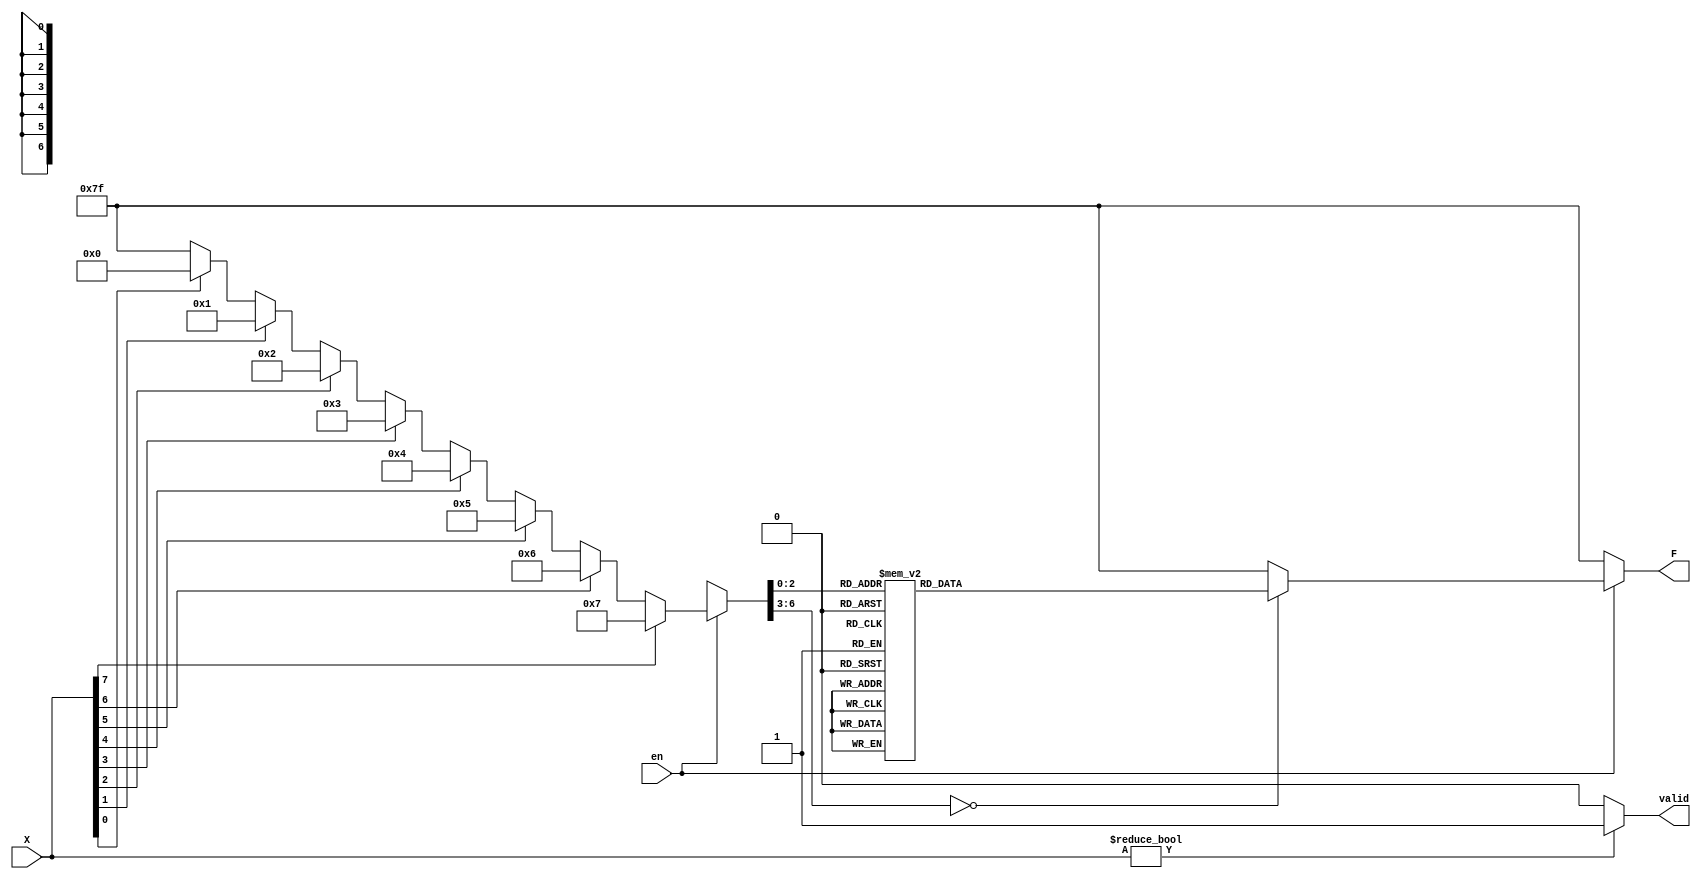
module experiment2(
	input  [7:0] X,
	input  en,
	output reg valid,
	output reg[6:0] F
	);
integer i;
    always @ (X or en)
    begin
        if(X) valid =1;
        else valid =0;
        if(en)
		  begin
				F=7'b1111111;
				for(i =0; i < 8;i=i+1)
					if(X[i]==1) F=i;
            case(F)
					 0:  F =7'b1000000;
					 1 : F =7'b1111001;
                2 : F =7'b0100100;
                3 : F =7'b0110000;
                4 : F =7'b0011001;
                5 : F =7'b0010010;
                6 : F =7'b0000010;
                7 : F =7'b1111000;
			    default : F=7'b1111111;
        	    endcase
        end
		  else F=7'b1111111;
    end
endmodule